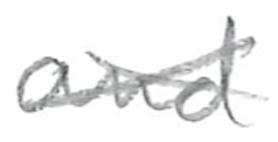
Text: and
Cross-out: cross
Writing tool: pencil